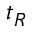
t _ { R }